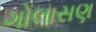
ગોલાસણ